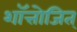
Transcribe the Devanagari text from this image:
शॉत्तोजित्